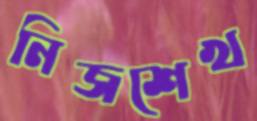
নিজশেখ